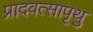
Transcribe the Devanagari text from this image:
प्रादवत्सापृथु